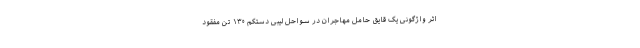
اثر واژگونی یک قایق حامل مهاجران در سواحل لیبی دستکم ۱۳۰ تن مفقود